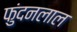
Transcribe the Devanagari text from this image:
फुंदनलाल